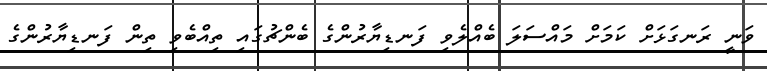
ވަނީ ރަނގަޅަށް ކަމަށް މައްސަލަ ބެއްލެވި ފަނޑިޔާރުންގެ ބެންޗުގައި ތިއްބެވި ތިން ފަނޑިޔާރުންގެ